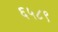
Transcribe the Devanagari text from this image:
६५८९